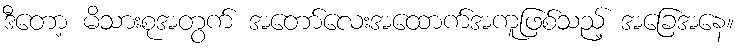
ဒီတော့ မိသားစုအတွက် အတော်လေးအထောက်အကူဖြစ်သည့် အခြေအနေ။